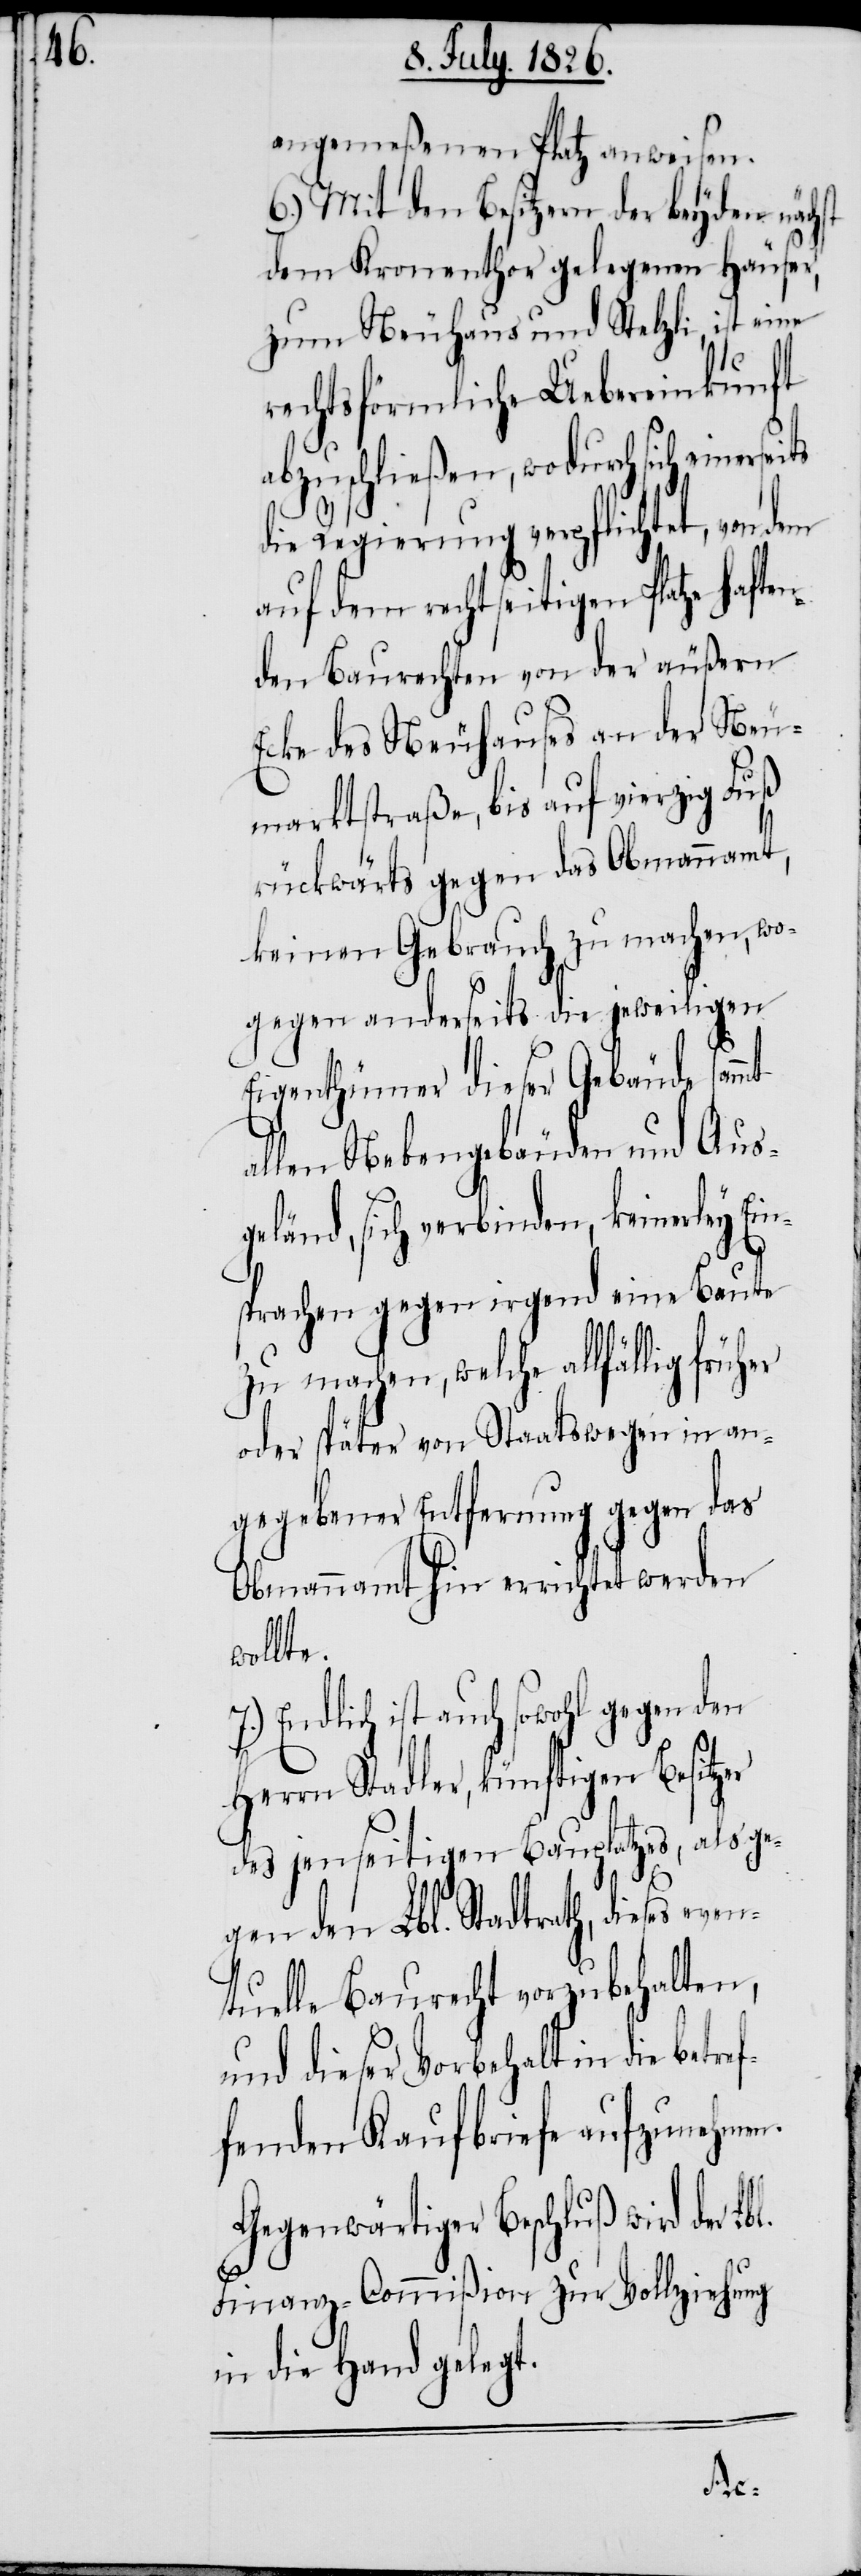
angemeßenen Platz anweisen.
6.) Mit den Besitzern der beyden nächst
dem Kronenthor gelegenen Häuser,
zum Neuhaus und Stelzli, ist eine
rechtsförmliche Uebereinkunft
abzuschließen, wodurch sich einerse¬
die Regierung verpflichtet, von dem
auf dem rechtseitigen Platze hafte¬
nden Baurechten von der äußern
Ecke des Neuhauses an der Neu¬
marktstraße, bis auf vierzig Fuß
rückwärts gegen das Obmannamt,
keinen Gebrauch zu machen, wo¬
gegen anderseits die jeweiligen
Eigenthümer dieser Gebäude sammt
allen Nebengebäuden und Aus¬
geländ, sich verbinden, keinerley Ein¬
sprachen gegen irgend eine Baute
zu machen, welche allfällig
oder später von Staatswegen in an¬
gegebener Entfernung gegen das
Obmannamt hin errichtet werden
wollte.
Endlich ist auch sowohl gegen den
Herrn Stadler, künftigen Besitzer
des jenseitigen Bauplatzes, als ge¬
gen den Lbl. Stadtrath, dieses e¬
tuelle Baurecht vorzubehalten,
und dieser Vorbehalt in die betr¬
fenden Kaufbriefe aufzunehmen.
Gegenwärtiger Beschluß wird der Lb¬
Finanz-Commißion zur Vollziehung
in die Hand gelegt.
l.